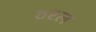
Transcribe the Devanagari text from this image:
ठरल